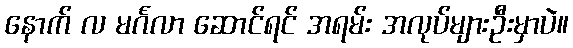
နောက် လ မင်္ဂလာ ဆောင်ရင် အရမ်း အလုပ်များဦးမှာပဲ။